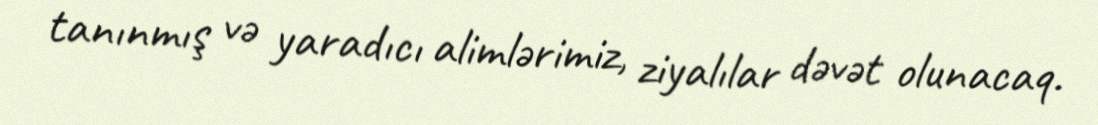
tanınmış və yaradıcı alimlərimiz, ziyalılar dəvət olunacaq.